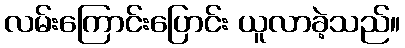
လမ်းကြောင်းပြောင်း ယူလာခဲ့သည်။